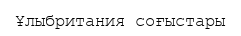
Ұлыбритания соғыстары